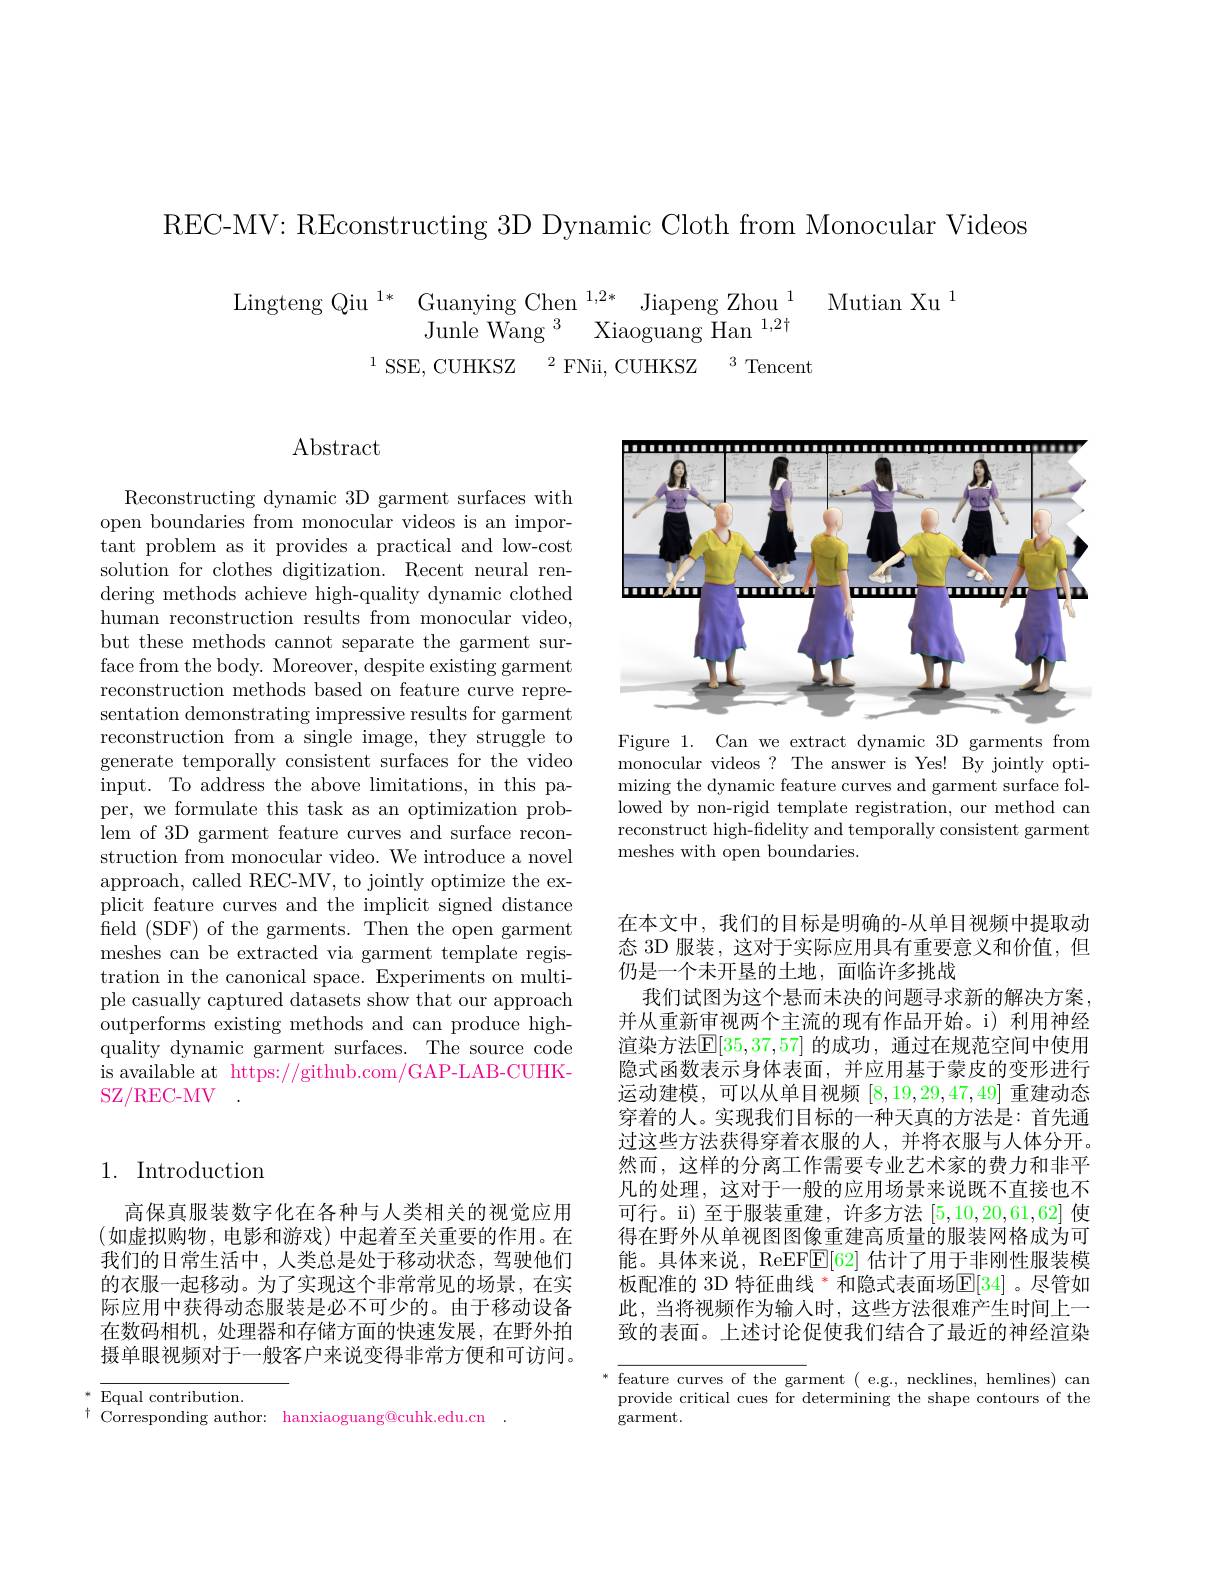
REC-MV: REconstructing 3D Dynamic Cloth from Monocular Videos

Mutian Xu $^{1}$
Lingteng Qiu $^{1*}$ Guanying Chen$^{1,2*}$ Jiapeng Zhou
${\mathrm{Junle~Wang~}^{3}}$ ${\mathrm{Xiaoguang~}}{\mathrm{Han~}^{1, 2\dagger }}$
$^{1}$SSE, CUHKSZ$\:^2$FNii, CUHKSZ$\:^3$Tencent

$\operatorname{Abstract}$

Reconstructing dynamic 3D garment surfaces with open boundaries from monocular videos is an important problem as it provides a practical and low-cost solution for clothes digitization. Recent neural rendering methods achieve high-quality dynamic clothed human reconstruction results from monocular video, but these methods cannot separate the garment surface from the body. Moreover, despite existing garment reconstruction methods based on feature curve representation demonstrating impressive results for garment reconstruction from a single image, they struggle to generate temporally consistent surfaces for the video input. To address the above limitations, in this paper, we formulate this task as an optimization problem of 3D garment feature curves and surface reconstruction from monocular video. We introduce a novel approach, called REC-MV, to jointly optimize the explicit feature curves and the implicit signed distance field (SDF) of the garments. Then the open garment meshes can be extracted via garment template registration in the canonical space. Experiments on multiple casually captured datasets show that our approach outperforms existing methods and can produce highquality dynamic garment surfaces. The source code is available at https://github.com/GAP-LAB-CUHKSZ/REC-MV

<FigureHere>

Figure 1. Can we extract dynamic 3D garments from monocular videos? The answer is Yes! By jointly optimizing the dynamic feature curves and garment surface followed by non-rigid template registration, our method can reconstruct high-fidelity and temporally consistent garment meshes with open boundaries.

## 1. Introduction

高保真服装数字化在各种与人类相关的视觉应用(如虚拟购物，电影和游戏)中起着至关重要的作用。在我们的日常生活中，人类总是处于移动状态，驾驶他们的衣服一起移动。为了实现这个非常常见的场景，在实际应用中获得动态服装是必不可少的。由于移动设备在数码相机，处理器和存储方面的快速发展，在野外拍摄单眼视频对于一般客户来说变得非常方便和可访问。

Equal contribution.
$\begin{array}{ll}{\text{Lquur convioun.}}\\{\text{t Corresponding author:}}&{\text{hanxiaoguang@cuhk.edu.cn}}\\{\text{T Corresponding author:}}&{\text{hanxiaoguang@cuhk.edu.cn}}\end{array}.$

在本文中，我们的目标是明确的-从单目视频中提取动态 3D 服装，这对于实际应用具有重要意义和价值，但仍是一个未开垦的土地，面临许多挑战
我们试图为这个悬而未决的问题寻求新的解决方案， 并从重新审视两个主流的现有作品开始。i) 利用神经渲染方法$\mathbb{E}[35,37,57]$ 的成功 ,通过在规范空间中使用隐式函数表示身体表面，并应用基于蒙皮的变形进行运动建模，可以从单目视频[8,19,29,47,49]重建动态穿着的人。实现我们目标的一种天真的方法是：首先通过这些方法获得穿着衣服的人，并将衣服与人体分开。然而，这样的分离工作需要专业艺术家的费力和非平凡的处理，这对于一般的应用场景来说既不直接也不可行。ii)至于服装重建，许多方法[5,10,20,61,62]使得在野外从单视图图像重建高质量的服装网格成为可能。具体来说，ReEF$\underline{\mathrm{E}}[62]$估计了用于非刚性服装模板配准的 3D 特征曲线 $^{*}$ 和隐式表面场$\mathbb{E}[34]$ 。尽管如此，当将视频作为输入时，这些方法很难产生时间上一致的表面。上述讨论促使我们结合了最近的神经渲染

$^{*}$ feature curves of the garment ( e.g., necklines, hemlines) can provide critical cues for determining the shape contours of the garment.